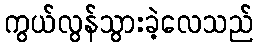
ကွယ်လွန်သွားခဲ့လေသည်